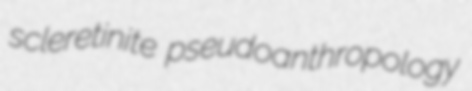
scleretinite pseudoanthropology